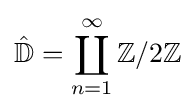
{\hat {\mathbb {D} }}=\coprod _{n=1}^{\infty }\mathbb {Z} /2\mathbb {Z}